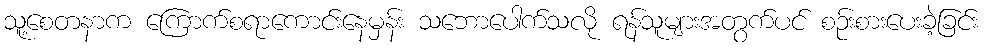
သူ့စေတနာက ကြောက်စရာကောင်းနေမှန်း သဘောပေါက်သလို ရန်သူများအတွက်ပင် စဉ်းစားပေးခဲ့ခြင်း